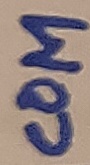
Text: COM